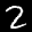
Label: 2